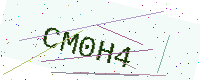
Text: CM0H4